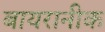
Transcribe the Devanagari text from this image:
बायरानीक